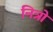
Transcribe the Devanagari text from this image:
नित्रो